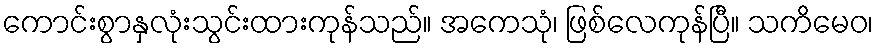
ကောင်းစွာနှလုံးသွင်းထားကုန်သည်။ အကေသုံ၊ ဖြစ်လေကုန်ပြီ။ သကိမေဝ၊